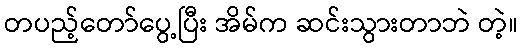
တပည့်တော်ပွေ့ပြီး အိမ်က ဆင်းသွားတာဘဲ တဲ့။